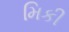
મિકી